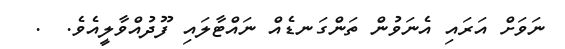
ނަވަށް އަރައި އެނަވުން ތަންގަނޑެއް ނައްޓާލައި ފޫދުއްވާލީއެވެ.  .